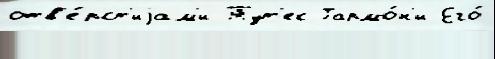
отв'е́рст'иjам'и Тут'ек Гармо́н'и Его́